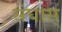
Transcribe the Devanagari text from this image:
संघास्